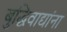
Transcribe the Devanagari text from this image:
बुद्धिवाद्यांना